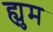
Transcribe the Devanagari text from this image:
ह्युम